画像に写った文字を読んでください
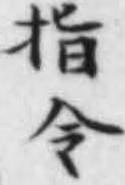
「指令」と書いてあります